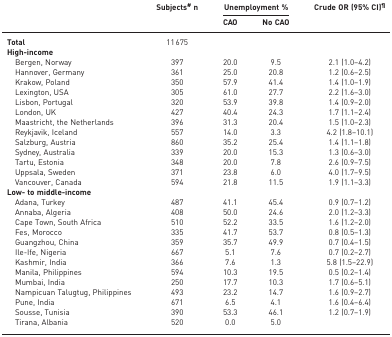
<table><thead><tr><td rowspan="2"></td><td rowspan="2"><b>Subjects<sup>#</sup>n</b></td><td colspan="2"><b>Unemployment %</b></td><td><b>Crude OR (95% CI)<sup>¶</sup></b></td></tr><tr><td><b>CAO</b></td><td><b>No CAO</b></td><td></td></tr></thead><tbody><tr><td><b>Total</b></td><td>11 675</td><td></td><td></td><td></td></tr><tr><td><b>High-income</b></td><td></td><td></td><td></td><td></td></tr><tr><td> Bergen, Norway</td><td>397</td><td>20.0</td><td>9.5</td><td>2.1 (1.0–4.2)</td></tr><tr><td> Hannover, Germany</td><td>361</td><td>25.0</td><td>20.8</td><td>1.2 (0.6–2.5)</td></tr><tr><td> Krakow, Poland</td><td>350</td><td>57.9</td><td>41.4</td><td>1.4 (1.0–1.9)</td></tr><tr><td> Lexington, USA</td><td>305</td><td>61.0</td><td>27.7</td><td>2.2 (1.6–3.0)</td></tr><tr><td> Lisbon, Portugal</td><td>320</td><td>53.9</td><td>39.8</td><td>1.4 (0.9–2.0)</td></tr><tr><td> London, UK</td><td>427</td><td>40.4</td><td>24.3</td><td>1.7 (1.1–2.4)</td></tr><tr><td> Maastricht, the Netherlands</td><td>396</td><td>31.3</td><td>20.4</td><td>1.5 (1.0–2.3)</td></tr><tr><td> Reykjavik, Iceland</td><td>557</td><td>14.0</td><td>3.3</td><td>4.2 (1.8–10.1)</td></tr><tr><td> Salzburg, Austria</td><td>860</td><td>35.2</td><td>25.4</td><td>1.4 (1.1–1.8)</td></tr><tr><td> Sydney, Australia</td><td>339</td><td>20.0</td><td>15.3</td><td>1.3 (0.6–3.0)</td></tr><tr><td> Tartu, Estonia</td><td>348</td><td>20.0</td><td>7.8</td><td>2.6 (0.9–7.5)</td></tr><tr><td> Uppsala, Sweden</td><td>371</td><td>23.8</td><td>6.0</td><td>4.0 (1.7–9.5)</td></tr><tr><td> Vancouver, Canada</td><td>594</td><td>21.8</td><td>11.5</td><td>1.9 (1.1–3.3)</td></tr><tr><td><b>Low- to middle-income</b></td><td></td><td></td><td></td><td></td></tr><tr><td> Adana, Turkey</td><td>487</td><td>41.1</td><td>45.4</td><td>0.9 (0.7–1.2)</td></tr><tr><td> Annaba, Algeria</td><td>408</td><td>50.0</td><td>24.6</td><td>2.0 (1.2–3.3)</td></tr><tr><td> Cape Town, South Africa</td><td>510</td><td>52.2</td><td>33.5</td><td>1.6 (1.2–2.0)</td></tr><tr><td> Fes, Morocco</td><td>335</td><td>41.7</td><td>53.7</td><td>0.8 (0.5–1.3)</td></tr><tr><td> Guangzhou, China</td><td>359</td><td>35.7</td><td>49.9</td><td>0.7 (0.4–1.5)</td></tr><tr><td> Ile-Ife, Nigeria</td><td>667</td><td>5.1</td><td>7.6</td><td>0.7 (0.2–2.7)</td></tr><tr><td> Kashmir, India</td><td>366</td><td>7.6</td><td>1.3</td><td>5.8 (1.5–22.9)</td></tr><tr><td> Manila, Philippines</td><td>594</td><td>10.3</td><td>19.5</td><td>0.5 (0.2–1.4)</td></tr><tr><td> Mumbai, India</td><td>250</td><td>17.7</td><td>10.3</td><td>1.7 (0.6–5.1)</td></tr><tr><td> Nampicuan Talugtug, Philippines</td><td>493</td><td>23.2</td><td>14.7</td><td>1.6 (0.9–2.7)</td></tr><tr><td> Pune, India</td><td>671</td><td>6.5</td><td>4.1</td><td>1.6 (0.4–6.4)</td></tr><tr><td> Sousse, Tunisia</td><td>390</td><td>53.3</td><td>46.1</td><td>1.2 (0.7–1.9)</td></tr><tr><td> Tirana, Albania</td><td>520</td><td>0.0</td><td>5.0</td><td></td></tr></tbody></table>